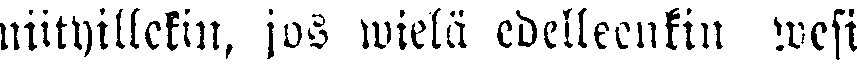
niityillekin, jos wielä edelleenkin wesi